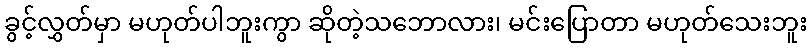
ခွင့်လွှတ်မှာ မဟုတ်ပါဘူးကွာ ဆိုတဲ့သဘောလား၊ မင်းပြောတာ မဟုတ်သေးဘူး